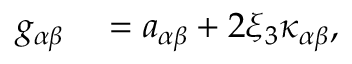
\begin{array} { r l } { { g } _ { \alpha \beta } } & { { } = { a } _ { \alpha \beta } + 2 \xi _ { 3 } { \kappa } _ { \alpha \beta } , } \end{array}